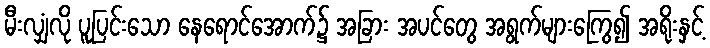
မီးလျှံလို ပူပြင်းသော နေရောင်အောက်၌ အခြား အပင်တွေ အရွက်များကြွေ၍ အရိုးနှင့်